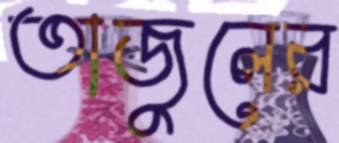
তাজুলের